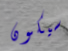
سيكون